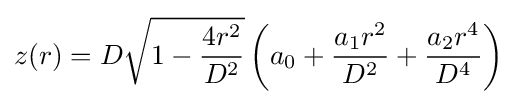
z(r)=D{\sqrt {1-{\frac {4r^{2}}{D^{2}}}}}\left(a_{0}+{\frac {a_{1}r^{2}}{D^{2}}}+{\frac {a_{2}r^{4}}{D^{4}}}\right)